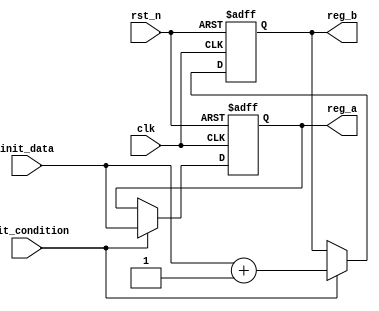
module ConditionalInitialization (
    input wire clk,                // Clock signal
    input wire rst_n,              // Active-low reset signal
    input wire init_condition,      // Control signal for initialization
    input wire [7:0] init_data,     // Data input for initialization
    output reg [7:0] reg_a,         // Initialized register A
    output reg [7:0] reg_b          // Initialized register B
);

    // Initial state of registers
    initial begin
        reg_a = 8'b0;
        reg_b = 8'b0;
    end

    // Synchronous initialization process
    always @(posedge clk or negedge rst_n) begin
        if (!rst_n) begin
            // Reset condition: clear registers
            reg_a <= 8'b0;
            reg_b <= 8'b0;
        end else if (init_condition) begin
            // Conditional initialization
            reg_a <= init_data;  // Initialize reg_a with init_data
            reg_b <= init_data + 1; // Initialize reg_b with a different value
        end
        // If init_condition is not met, retain current values of registers
    end

endmodule